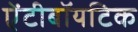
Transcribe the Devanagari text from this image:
ऐंटीबॉयटिक